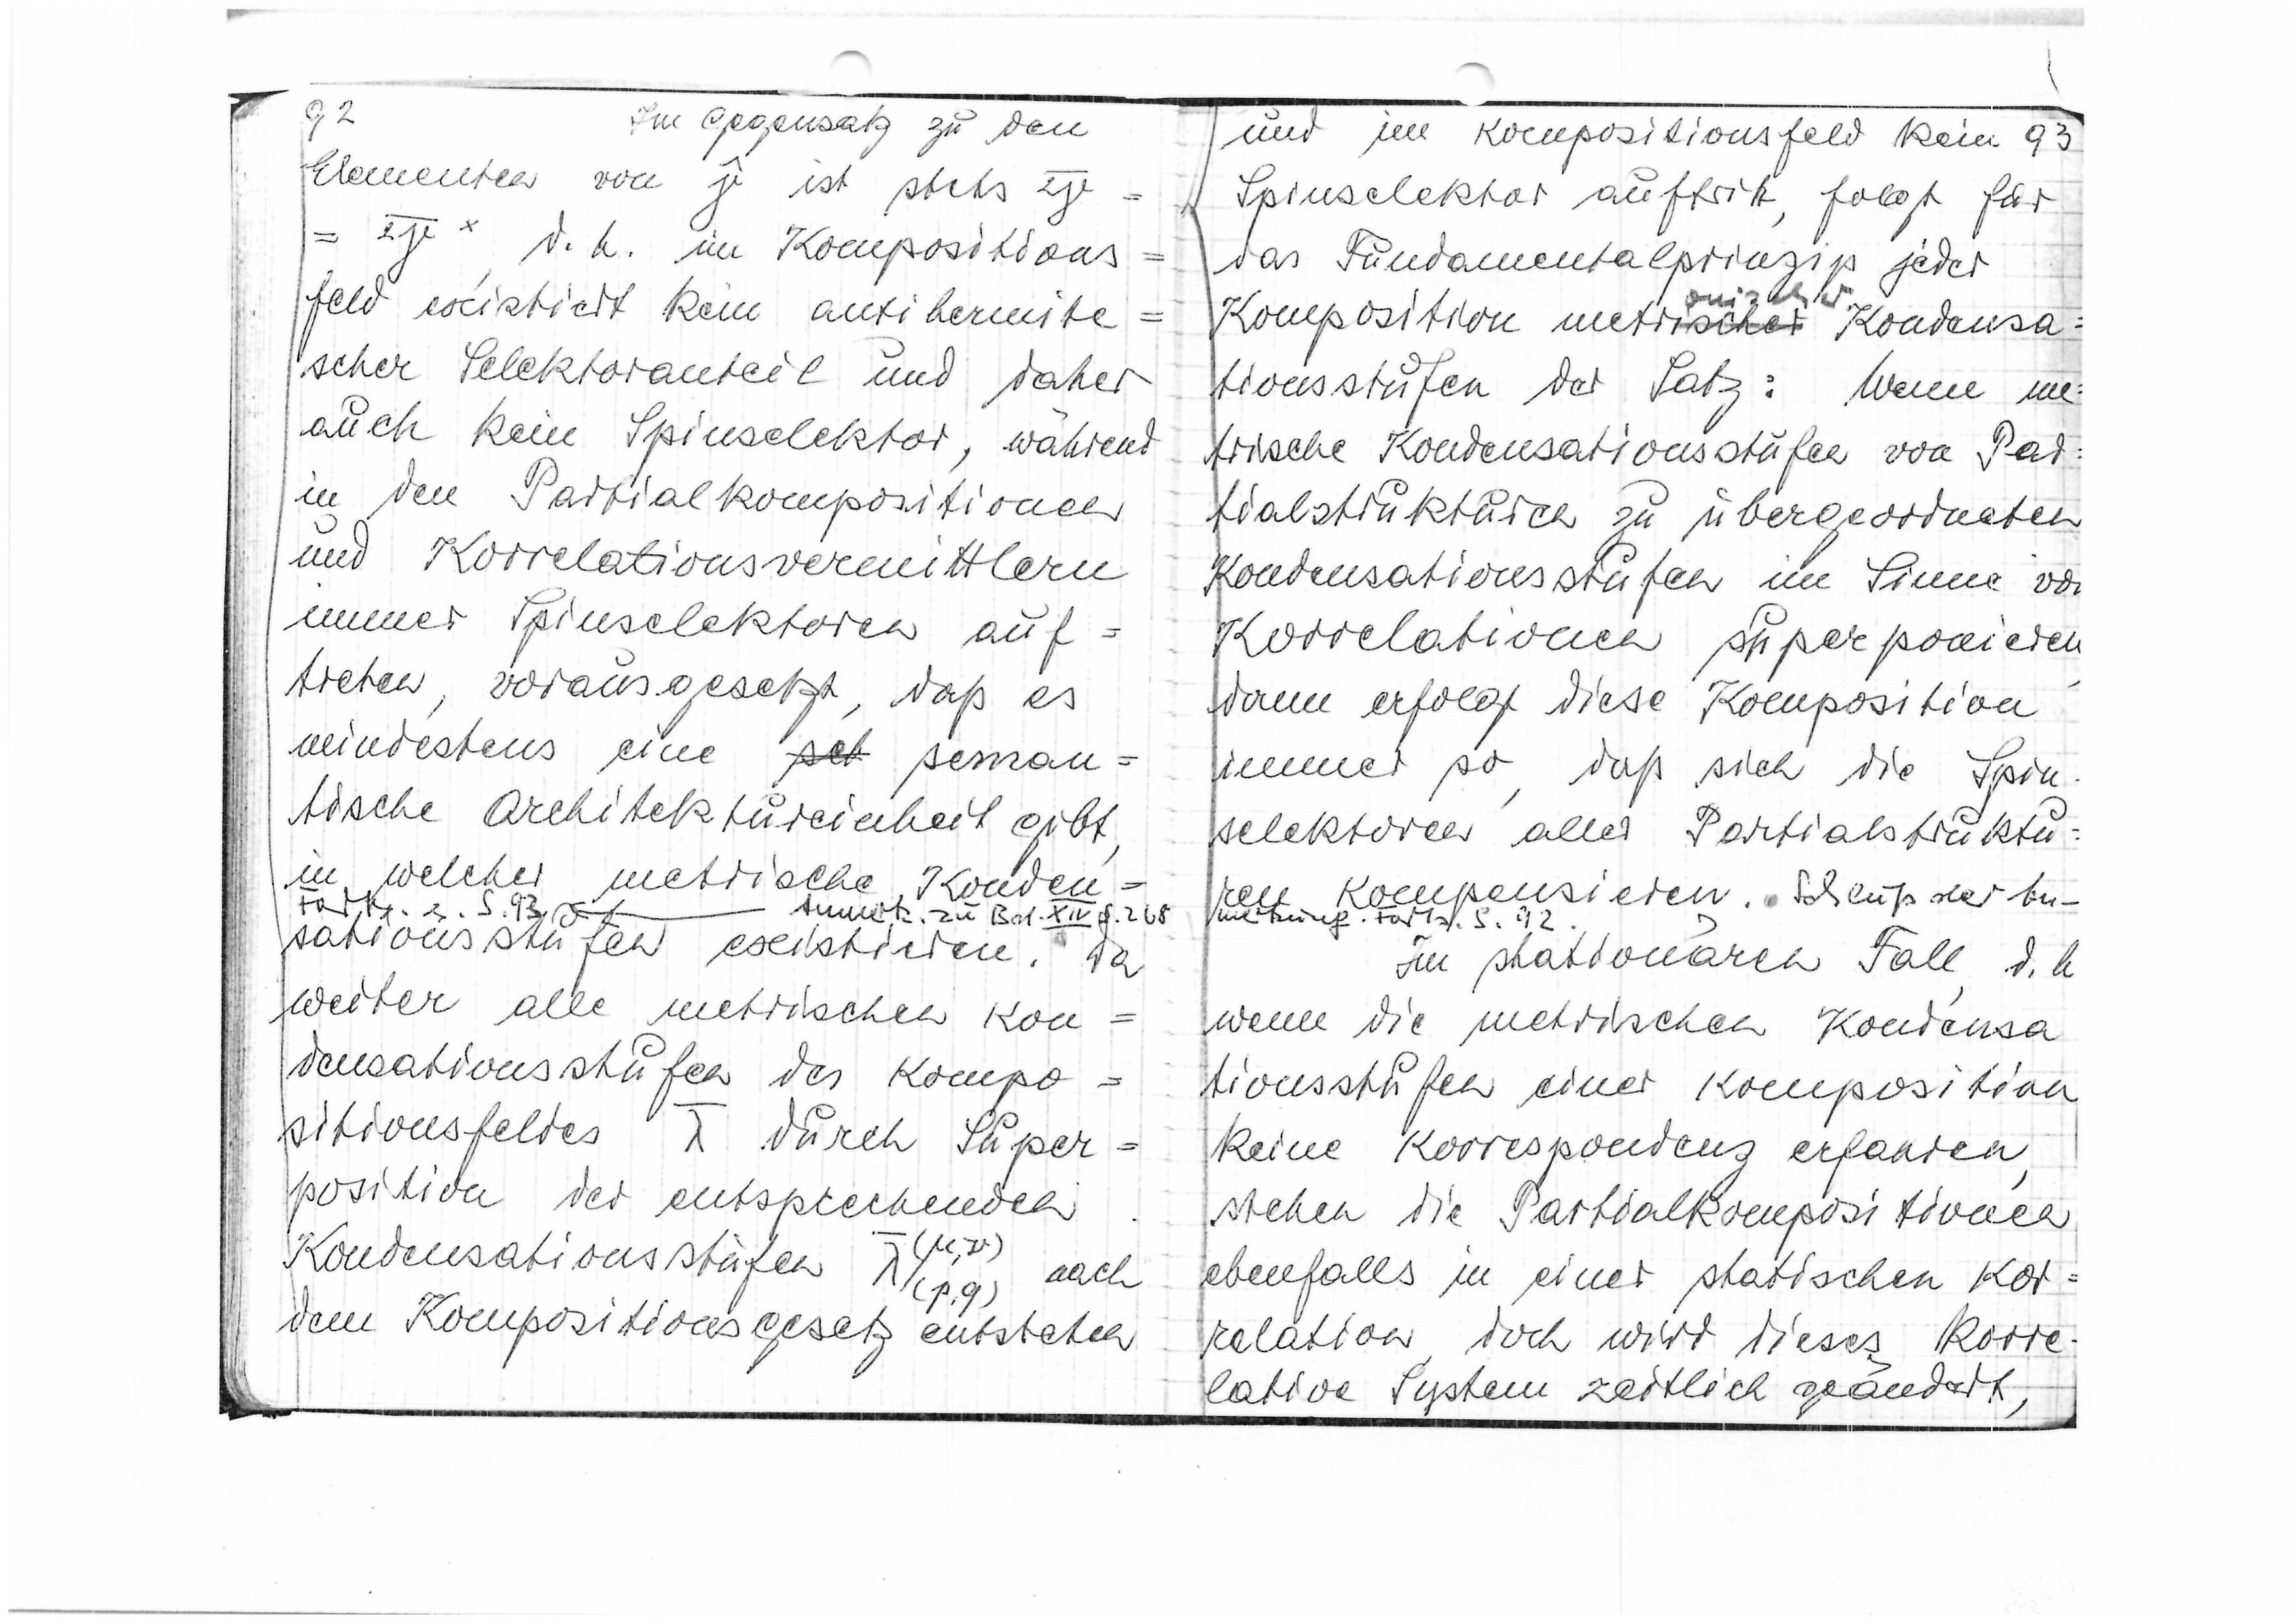
92
Im Gegensatz zu den
Elementen von
J
ist stehs
2V-
= ="
d.h. im Kompositions=
feld existiert kein antihermiti=
scher Selektoranteil und daher
auch kein Spinselektor wahrem
in den Partialkompositionen
und Korrelationsvermittlern
immer Spinselektoren auf=
treten vorausgesetzt, daß es
mindestens eine
eh
senan=
tische Architektureinheit gibt
in welcher metrische Konden=
100M.3.S.130 f
tumükz. zu Bat. XII f.208
sationsstufen existieren. Da
weiter alle metrischen Kon=
densationsstufen des Kompo=
sitionsfeldes
I
durch Super=
position der entsprechenden
7(μ,ν)
Kondensationsstufen
Nepy)
nach
dem Kompositionsgesetz entsteten

93
und im Kommpositionsfeld kein
Spinselektor auffrit folgt für
das Fundamentalprinzip jeder
Komposition metri
wocher
ouizAhr
Kondensa=
tionsstufen der Satz: Wenn im
trische Kondensationsstuten von Par:
tialstruktureh zu übergeordneten
Kondensationsstufen im Sinne vor
Korrelationen superponieren
dann erfolgt diese Komposition
immer so, daß sich die Spin
selektoren alles Pertialstruktu=
rei kompensieren.  Schlußder bei=
mertrung. Forts.S. 92.
Im stationaren Fall din
wenn die metrischen Kondensa
tionsstufen einer Komposition
keine Korrespondens erfanden
stehen die Partialkompositionen
ebenfalls in einer statischen Kor=
relation, doch wird dieses körre
lative System zeitlich geandert